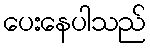
ပေးနေပါသည်